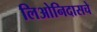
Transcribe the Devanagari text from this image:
लिओनिदासचे